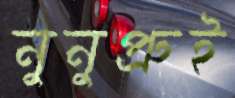
নুনুপ্রুই